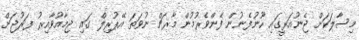
މިސާލަކަށް ޖެނުއަރީގައި ހޫނުފެނުން ފެންވެރުމުން މާރޗް ނުވަތަ އޭޕުރިލް ގައި ޖިމާއުވާއިރު ފަރުޖަށް